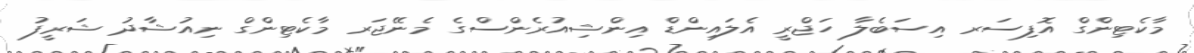
މާކެޓިންގް އޮފިސަރ އިސަބެލާ ހަޖްރީ އެލައިންޑް އިންޝިއުރެންސްގެ މެނޭޖަރ މާކެޓިންގް ނިއުޝާދު ޝަރީފު